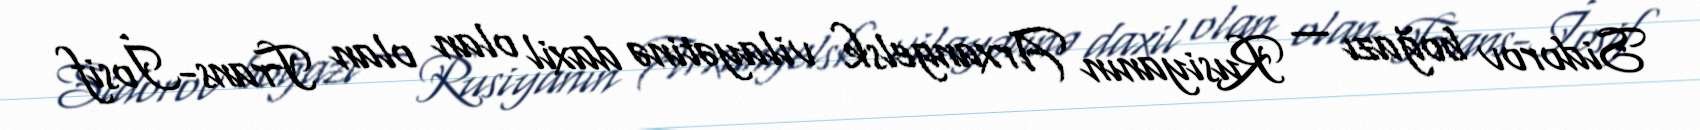
Sidorov boğazı — Rusiyanın Arxangelsk vilayətinə daxil olan olan Frans-İosif